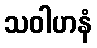
သဝါဟနံ